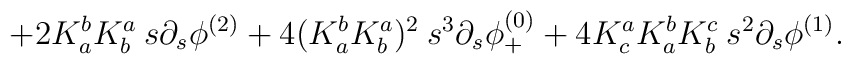
\;\;\;\;\; + 2  K^b_a K^a_b \: s \partial_s \phi^{(2)}   +  4   (K^b_a K^a_b)^2 \: s^3   \partial_s \phi^{(0)}_{+}+     4  K^a_c K^b_a K^c_b  \: s^2   \partial_s \phi^{(1)}.